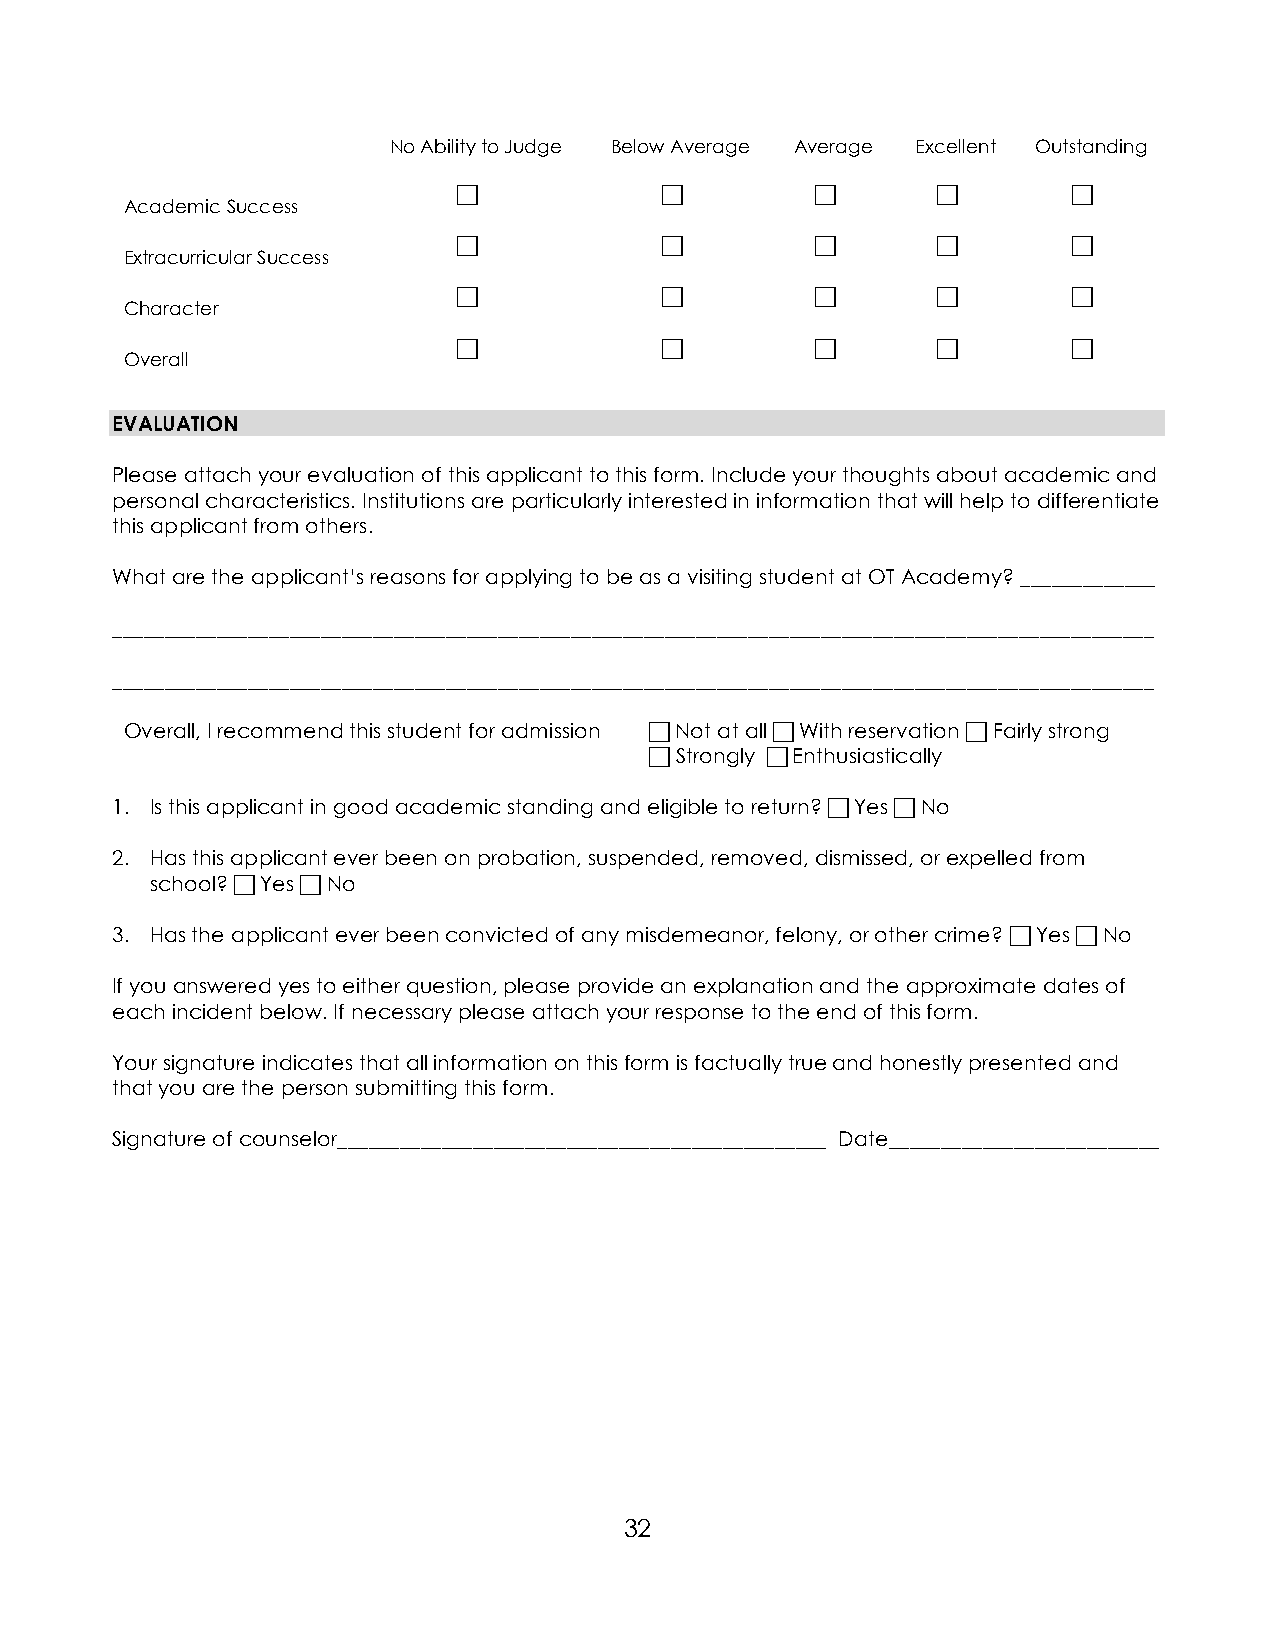
No Ability to Judge Below Average Average Excellent Outstanding
  E            E        E      E       E
 Academic Success
  E            E        E      E       E
 Extracurricular Success
  E            E        E      E       E
 Character
  E            E        E      E       E
 Overall
 EVALUATION
 Please attach your evaluation of this applicant to this form. Include your thoughts about academic and
 personal characteristics. Institutions are particularly interested in information that will help to differentiate
 this applicant from others.
 What are the applicant’s reasons for applying to be as a visiting student at OT Academy? _____________
 ____________________________________________________________________________________________________
 ____________________________________________________________________________________________________
 Overall, I recommend this student for admission  Not at all  With reservation  Fairly strong
  Strongly  Enthusiastically
 1. Is this applicant in good academic standing and eligible to return?  Yes  No
 2. Has this applicant ever been on probation, suspended, removed, dismissed, or expelled from
 school?  Yes  No
 3. Has the applicant ever been convicted of any misdemeanor, felony, or other crime?  Yes  No
 If you answered yes to either question, please provide an explanation and the approximate dates of
 each incident below. If necessary please attach your response to the end of this form.
 Your signature indicates that all information on this form is factually true and honestly presented and
 that you are the person submitting this form.
 Signature of counselor_______________________________________________ Date__________________________
 32